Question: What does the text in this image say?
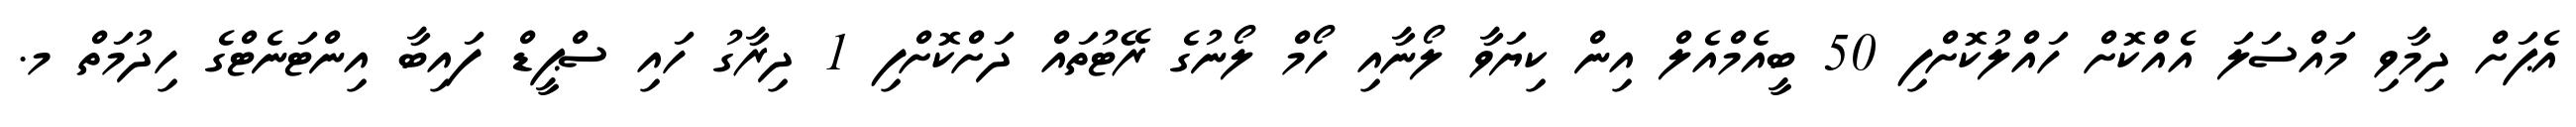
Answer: އެޕަށް ދިމާވި މައްސަލަ އެއްކޮށް ހައްލުކޮށްފި 50 ބީއެމްއެލް އިން ކިޔަވާ ލޯނާއި ހޯމް ލޯނުގެ ރޭޓުތައް ދަށްކޮށްފި 1 ދިރާގު ހައި ސްޕީޑް ފައިބާ އިންޓަނެޓްގެ ހިދުމަތް މ.